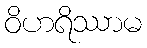
ဝိဟရိဿာမ